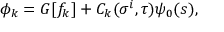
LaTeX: \phi _ { k } = G [ f _ { k } ] + C _ { k } ( \sigma ^ { i } , \tau ) \psi _ { 0 } ( s ) ,